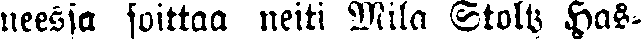
neessa soittaa neiti MIla Stolz Has-